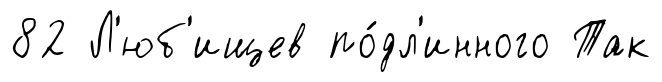
82 Л'юб'ищев по́дл'инного Так